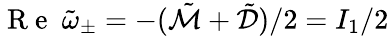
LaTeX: \mathrm{~R~e~}~\tilde{\omega}_{\pm}=-(\tilde{\mathcal{M}}+\tilde{\mathcal{D}})/2=I_{1}/2